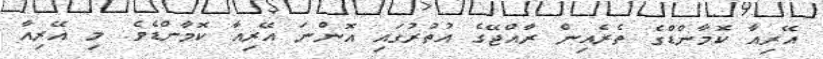
އޭރިއާ ކޮމާންޑްގެ ތެރެއިން ރާއްޖޭގެ އުތުރުގައި އޮންނަ އޭރިއާ ކޮމާންޑެވެ. މި އޭރިއާ